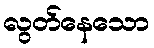
လွတ်နေသော